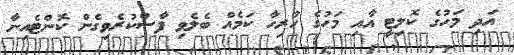
އަދި މަހުގެ ކޮލިޓީ އާއި މަހުގެ ހުރިހާ ކަމެއް ބެލެވި ފާސްކުރެވިގެން ކޮންޓެއިނާ